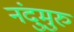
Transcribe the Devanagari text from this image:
नंदुमुरु